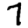
Digit: 7